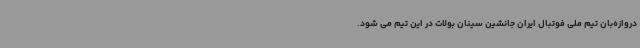
دروازه‌بان تیم ملی فوتبال ایران جانشین سینان بولات در این تیم می شود.